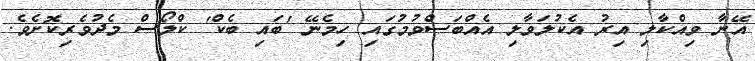
އޭނާ ވިއްކާލި އިރު އެކުލަވާލި އެއްބަސްވުމުގައި ހިމެނޭ 'ބައި ބެކް' ކްލޯސް މެދުވެރިކޮށެވެ.